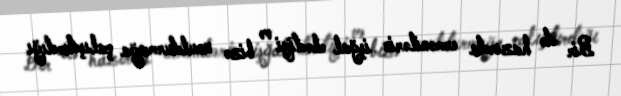
Bir də hazırda ermənilərin işğal elədiyi və bizə unutdurmağa çalışdırdığı